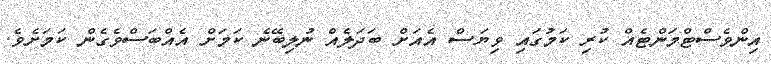
އިންވެސްޓްމަންޓެއް ކުރި ކަމުގައި ވިޔަސް އެއަށް ބަދަލެއް ނުލިބޭނެ ކަމަށް އެއްބަސްވެގެން ކަމަށެވެ.